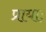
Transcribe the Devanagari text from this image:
प्रायाः